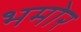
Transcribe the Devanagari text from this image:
भमोर